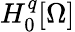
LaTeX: H_{0}^{q}[\Omega]